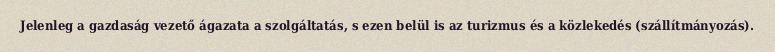
Jelenleg a gazdaság vezető ágazata a szolgáltatás, s ezen belül is az turizmus és a közlekedés (szállítmányozás).